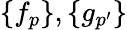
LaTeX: \{ f_{p}\} ,\{ g_{p^{\prime}}\}